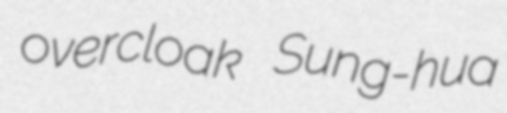
overcloak Sung-hua